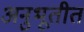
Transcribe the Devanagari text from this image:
अनुभूतीत